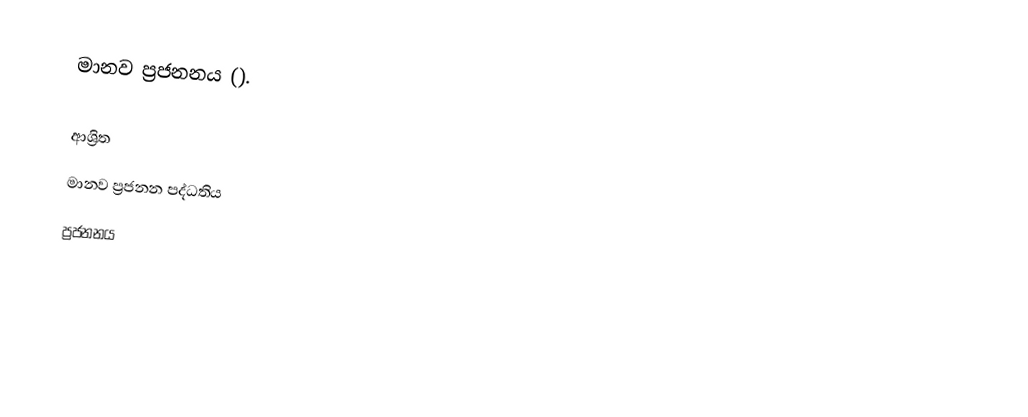
මානව ප්‍රජනනය ().

ආශ්‍රිත
 මානව ප්‍රජනන පද්ධතිය
 ප්‍රජනනය